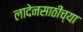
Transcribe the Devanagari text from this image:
लादेनसाठीच्या